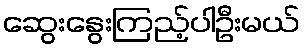
ဆွေးနွေးကြည့်ပါဦးမယ်